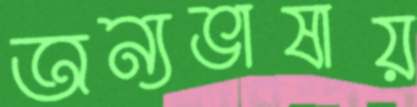
অন্যভাষায়